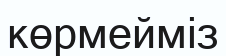
көрмейміз